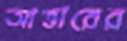
আত্তারের